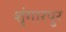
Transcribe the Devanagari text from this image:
शृंगारपुर